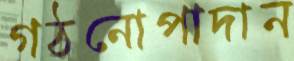
গঠনোপাদান